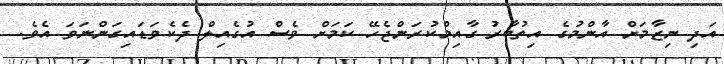
އަދި ނިޒާމަށް އާންމުގެ އިތުބާރު ގާއިމްކުރަންޖެހޭ ކަމަށް ވެސް އުގެއިލް ދެކެވަޑައިގަންނަވަ އެވެ.